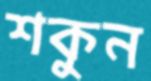
শকুন